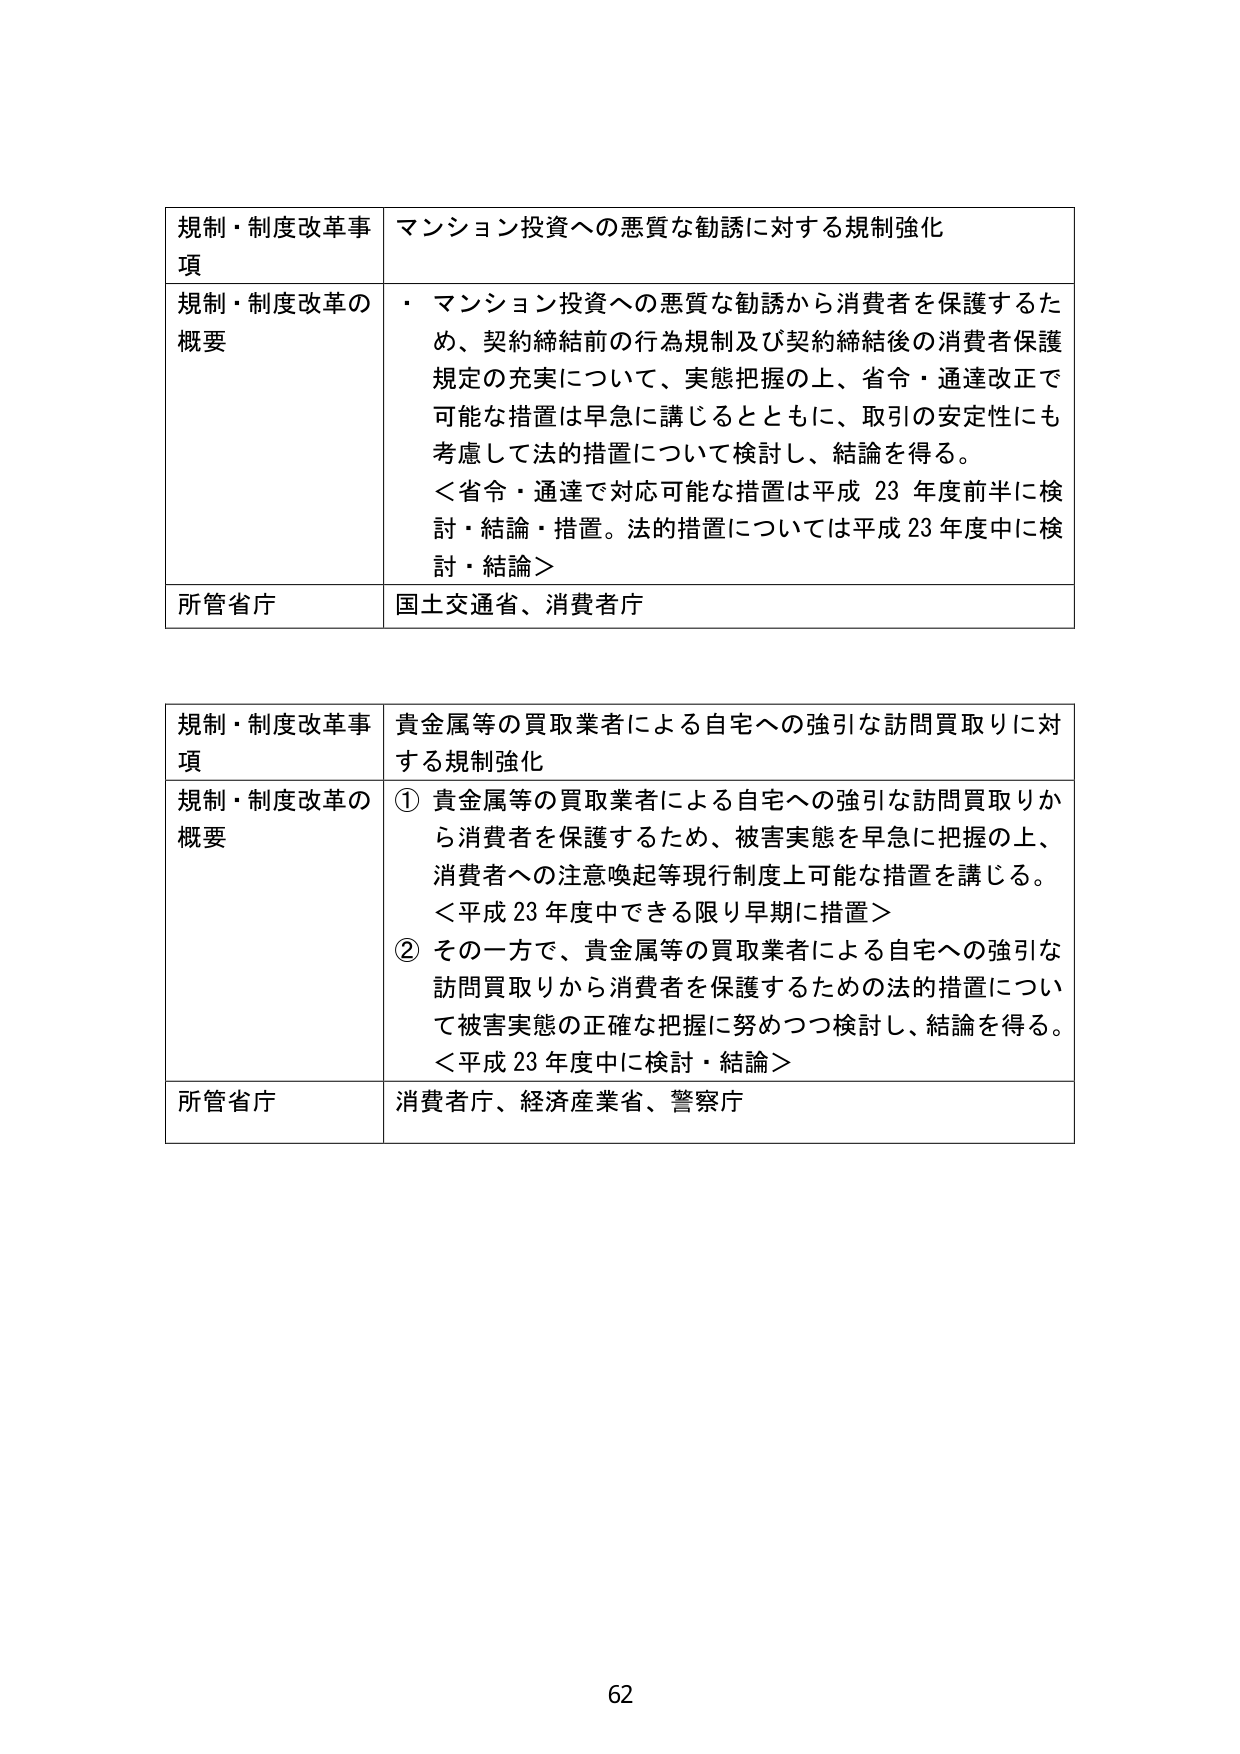
規制・制度改革事項　マンション投資への悪質な勧誘に対する規制強化

規制・制度改革の概要
・マンション投資への悪質な勧誘から消費者を保護するため、契約締結前の行為規制及び契約締結後の消費者保護規定の充実について、実態把握の上、省令・通達改正で可能な措置は早急に講じるとともに、取引の安定性にも考慮して法的措置について検討し、結論を得る。
＜省令・通達で対応可能な措置は平成23年度前半に検討・結論・措置。法的措置については平成23年度中に検討・結論＞

所管省庁　国土交通省、消費者庁

規制・制度改革事項　貴金属等の買取業者による自宅への強引な訪問買取りに対する規制強化

規制・制度改革の概要
①貴金属等の買取業者による自宅への強引な訪問買取りから消費者を保護するため、被害実態を早急に把握の上、消費者への注意喚起等現行制度上可能な措置を講じる。
＜平成23年度中できる限り早期に措置＞
②その一方で、貴金属等の買取業者による自宅への強引な訪問買取りから消費者を保護するための法的措置について被害実態の正確な把握に努めつつ検討し、結論を得る。
＜平成23年度中に検討・結論＞

所管省庁　消費者庁、経済産業省、警察庁

62